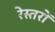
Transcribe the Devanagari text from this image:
रेस्तरों